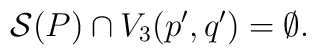
{\cal S}(P) \cap V_3(p',q') = \emptyset.